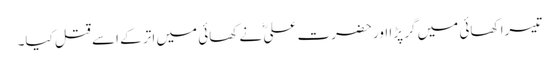
تیسرا کھائی میں گر پڑا اور حضرت علیؓ نے کھائی میں اتر کے اسے قتل کیا۔